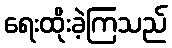
ရေးထိုးခဲ့ကြသည်